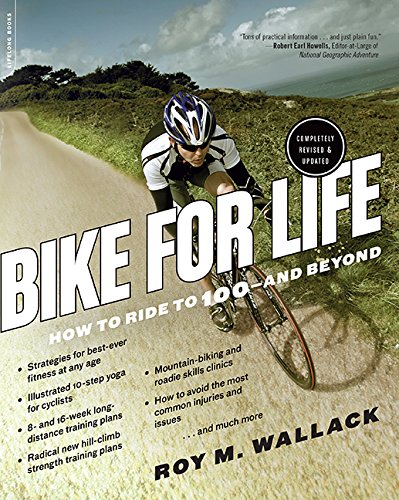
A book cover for Bike for Life: How to Ride to 100--and Beyond, revised edition; Roy M. Wallack; Sports & Outdoors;